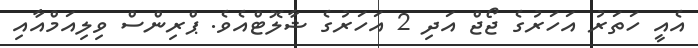
އެއީ ހަތަރު އަހަރުގެ ޖޯޖް އަދި 2 އަހަރުގެ ޝާލޮޓްއެވެ. ޕްރިންސް ވިލިއަމްއާއި